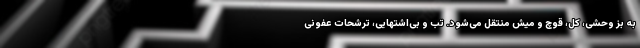
به بز وحشی، کل، قوچ و میش منتقل می‌شود. تب و بی‌اشتهایی، ترشحات عفونی